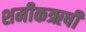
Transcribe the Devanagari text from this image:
शमीकऋषी